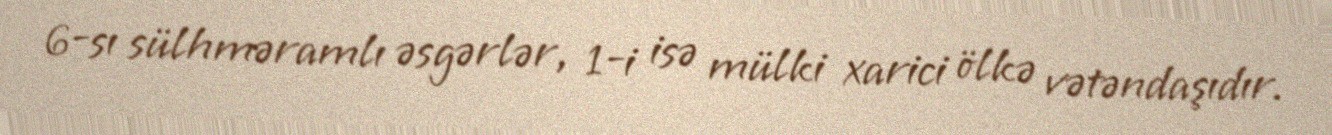
6-sı sülhməramlı əsgərlər, 1-i isə mülki xarici ölkə vətəndaşıdır.